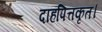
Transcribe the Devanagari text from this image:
दाहपित्तकृत।